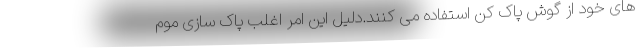
های خود از گوش پاک کن استفاده می کنند.دلیل این امر اغلب پاک سازی موم